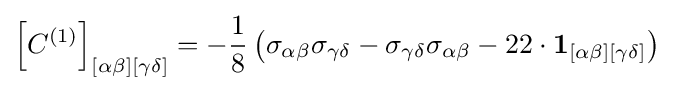
\left[C^{(1)}\right]_{[\alpha \beta ][\gamma \delta ]}=-{\frac {1}{8}}\left(\sigma _{\alpha \beta }\sigma _{\gamma \delta }-\sigma _{\gamma \delta }\sigma _{\alpha \beta }-22\cdot \mathbf {1} _{[\alpha \beta ][\gamma \delta ]}\right)